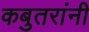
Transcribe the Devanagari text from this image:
कबुतरांनी